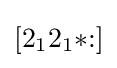
[2_{1}2_{1}{*}{:}]